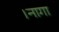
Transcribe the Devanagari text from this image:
।नागा